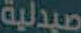
صيدلية